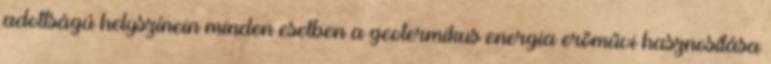
adottságú helyszínein minden esetben a geotermikus energia erőművi hasznosítása